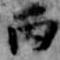
丙